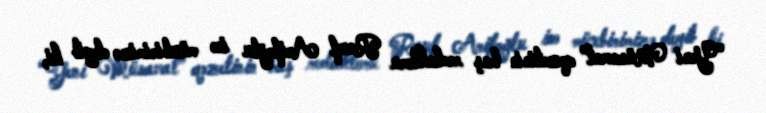
“Yeni Müsavat” qəzetinin baş redaktoru Rauf Arifoğlu isə müxbirimizə deyib ki,